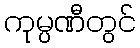
ကုမ္ပဏီတွင်